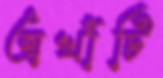
অখাঁটি